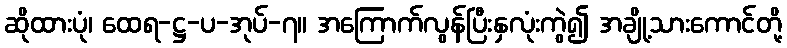
ဆိုထားပုံ၊ ထေရ-ဋ္ဌ-ပ-အုပ်-၇။ အကြောက်လွန်ပြီးနှလုံးကွဲ၍ အချို့သားကောင်တို့